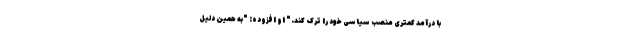
با درآمد کمتری منصب سیاسی خود را ترک کند." او افزوده: "به همین دلیل